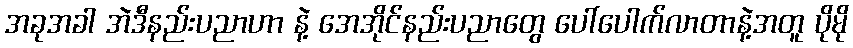
အခုအခါ အဲဒီနည်းပညာဟာ နဲ့ အေအိုင်နည်းပညာတွေ ပေါ်ပေါက်လာတာနဲ့အတူ ပိုမို